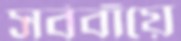
সর্ববাঁয়ে